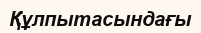
Құлпытасындағы